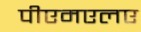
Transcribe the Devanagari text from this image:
पीएमएलए